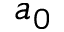
a _ { 0 }